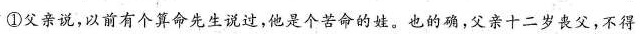
①父亲说，以前有个算命先生说过，他是个苦命的姓，也的确，父亲十二岁丧父，不得